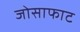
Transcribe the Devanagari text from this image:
जोसाफाट